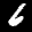
Label: 6